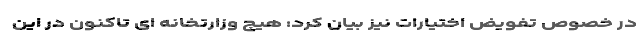
در خصوص تفویض اختیارات نیز بیان کرد: هیچ وزارتخانه ای تاکنون در این